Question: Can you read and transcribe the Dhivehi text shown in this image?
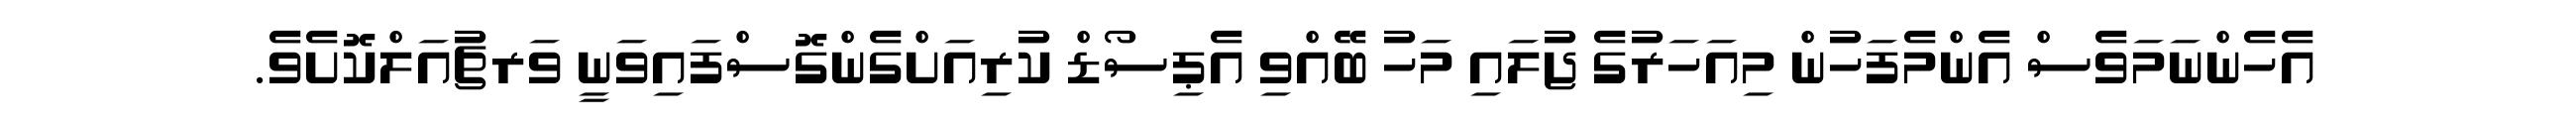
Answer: އެހެންނަމަވެސް އެންމެފަހުން މިއަހަރުގެ ޖުލައި މަހު ބޭއްވި އެޕިސޯޑް ކުރިއަށްގެންގޮސްފައިވަނީ ވަރޗުއަލްކޮށެވެ.